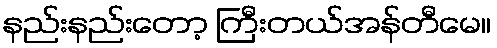
နည်းနည်းတော့ ကြီးတယ်အန်တီမေ။